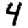
Digit: 4